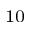
^ { 1 0 }